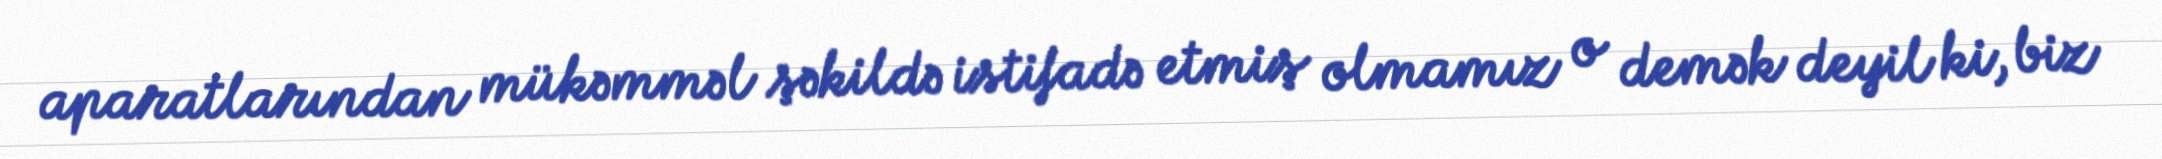
aparatlarından mükəmməl şəkildə istifadə etmiş olmamız o demək deyil ki, biz